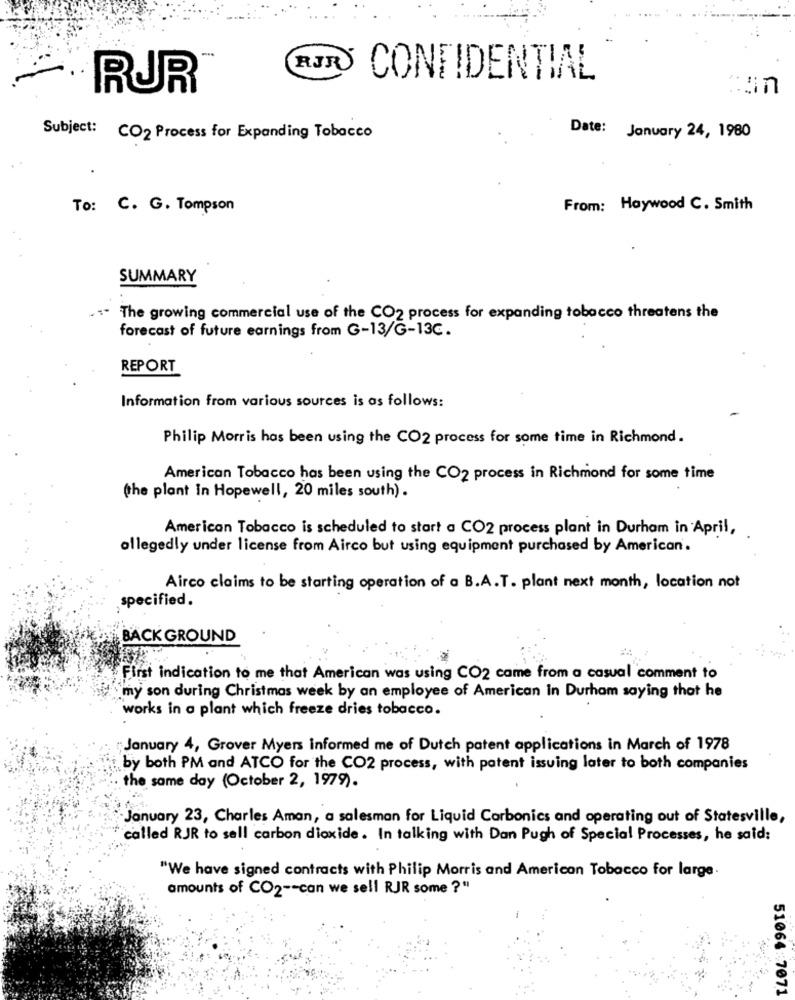
-
RJR
CONFIDENTIAL
RUR
Subject:
CO2 Process for Expanding Tobacco
Date: January 24, 1980
To: C. G. Tompson
From: Haywood C. Smith
SUMMARY
... The growing commercial use of the CO2 process for expanding tobacco threatens the
forecast of future earnings from G-13/G-13C.
REPORT
Information from various sources is as follows:
Philip Morris has been using the CO2 process for some time in Richmond.
American Tobacco has been using the CO2 process in Richmond for some time
(the plant in Hopewell, 20 miles south).
American Tobacco is scheduled to start a CO2 process plant in Durham in April,
allegedly under license from Airco but using equipment purchased by American.
Airco claims to be starting operation of a B.A.T. plant next month, location not
specified.
BACK GROUND
: +
First indication to me that American was using CO2 came from a casual comment to
my son during Christmas week by an employee of American In Durham saying that he
works in a plant which freeze dries tobacco.
January 4, Grover Myers informed me of Dutch patent applications in March of 1978
by both PM and ATCO for the CO2 process, with patent issuing later to both companies
the same day (October 2, 1979).
January 23, Charles Aman, a salesman for Liquid Carbonics and operating out of Statesville,
called RJR to sell carbon dioxide. In talking with Dan Pugh of Special Processes, he said:
"We have signed contracts with Philip Morris and American Tobacco for large.
amounts of CO2 -- can we sell RJR some ?"
51064:7071